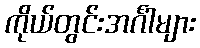
ကိုယ်တွင်းအင်္ဂါများ